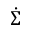
\dot { \Sigma }